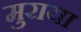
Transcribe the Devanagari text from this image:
मुराया